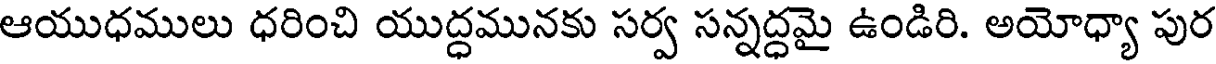
ఆయుధములు ధరించి యుద్ధమునకు సర్వ సన్నద్ధమై ఉండిరి. అయోధ్యా పుర